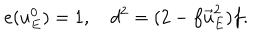
e ( u _ { E } ^ { 0 } ) = 1 , \quad d ^ { 2 } = ( 2 - f \vec { u } _ { E } ^ { 2 } ) f .